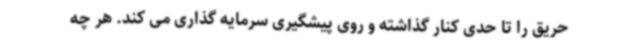
حریق را تا حدی کنار گذاشته و روی پیشگیری سرمایه گذاری می کند. هر چه